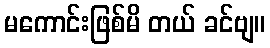
မကောင်းဖြစ်မိ တယ် ခင်ဗျ။